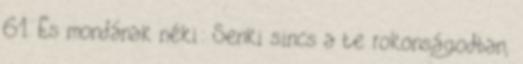
61. És mondának néki: Senki sincs a te rokonságodban,